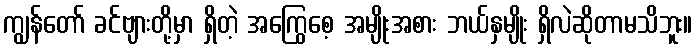
ကျွန်တော် ခင်ဗျားတို့မှာ ရှိတဲ့ အကြွေစေ့ အမျိုးအစား ဘယ်နှမျိုး ရှိလဲဆိုတာမသိဘူး။